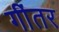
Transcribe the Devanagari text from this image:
गींतर